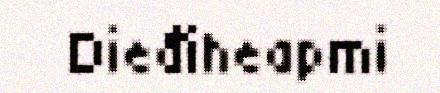
Dieđiheapmi